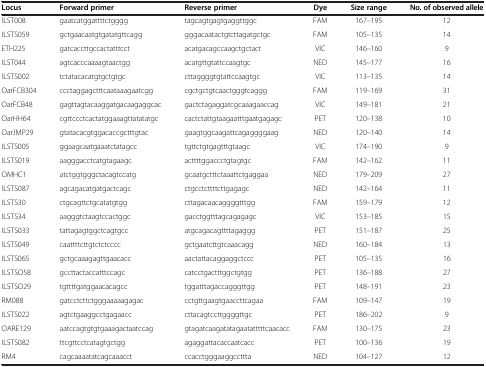
<table><thead><tr><td><b>Locus</b></td><td><b>Forward primer</b></td><td><b>Reverse primer</b></td><td><b>Dye</b></td><td><b>Size range</b></td><td><b>No. of observed allele</b></td></tr></thead><tbody><tr><td>ILST008</td><td>gaatcatggattttctgggg</td><td>tagcagtgagtgaggttggc</td><td>FAM</td><td>167–195</td><td>12</td></tr><tr><td>ILSTS059</td><td>gctgaacaatgtgatatgttcagg</td><td>gggacaatactgtcttagatgctgc</td><td>FAM</td><td>105–135</td><td>14</td></tr><tr><td>ETH225</td><td>gatcaccttgccactatttcct</td><td>acatgacagccaagctgctact</td><td>VIC</td><td>146–160</td><td>9</td></tr><tr><td>ILST044</td><td>agtcacccaaaagtaactgg</td><td>acatgttgtattccaagtgc</td><td>NED</td><td>145–177</td><td>16</td></tr><tr><td>ILSTS002</td><td>tctatacacatgtgctgtgc</td><td>cttaggggtgtattccaagtgc</td><td>VIC</td><td>113–135</td><td>14</td></tr><tr><td>OarFCB304</td><td>ccctaggagctttcaataaagaatcgg</td><td>cgctgctgtcaactgggtcaggg</td><td>FAM</td><td>119–169</td><td>31</td></tr><tr><td>OarFCB48</td><td>gagttagtacaaggatgacaagaggcac</td><td>gactctagaggatcgcaaagaaccag</td><td>VIC</td><td>149–181</td><td>21</td></tr><tr><td>OarHH64</td><td>cgttccctcactatggaaagttatatatgc</td><td>cactctattgtaagaatttgaatgagagc</td><td>PET</td><td>120–138</td><td>10</td></tr><tr><td>OarJMP29</td><td>gtatacacgtggacaccgctttgtac</td><td>gaagtggcaagattcagaggggaag</td><td>NED</td><td>120–140</td><td>14</td></tr><tr><td>ILSTS005</td><td>ggaagcaatgaaatctatagcc</td><td>tgttctgtgagtttgtaagc</td><td>VIC</td><td>174–190</td><td>9</td></tr><tr><td>ILSTS019</td><td>aagggacctcatgtagaagc</td><td>acttttggaccctgtagtgc</td><td>FAM</td><td>142–162</td><td>11</td></tr><tr><td>OMHC1</td><td>atctggtgggctacagtccatg</td><td>gcaatgctttctaaattctgaggaa</td><td>NED</td><td>179–209</td><td>27</td></tr><tr><td>ILSTS087</td><td>agcagacatgatgactcagc</td><td>ctgcctcttttcttgagagc</td><td>NED</td><td>142–164</td><td>11</td></tr><tr><td>ILSTS30</td><td>ctgcagttctgcatatgtgg</td><td>cttagacaacaggggtttgg</td><td>FAM</td><td>159–179</td><td>12</td></tr><tr><td>ILSTS34</td><td>aagggtctaagtccactggc</td><td>gacctggtttagcagagagc</td><td>VIC</td><td>153–185</td><td>15</td></tr><tr><td>ILSTS033</td><td>tattagagtggctcagtgcc</td><td>atgcagacagttttagaggg</td><td>PET</td><td>151–187</td><td>25</td></tr><tr><td>ILSTS049</td><td>caattttcttgtctctcccc</td><td>gctgaatcttgtcaaacagg</td><td>NED</td><td>160–184</td><td>13</td></tr><tr><td>ILSTS065</td><td>gctgcaaagagttgaacacc</td><td>aactattacaggaggctccc</td><td>PET</td><td>105–135</td><td>16</td></tr><tr><td>ILSTSO58</td><td>gccttactaccatttccagc</td><td>catcctgactttggctgtgg</td><td>PET</td><td>136–188</td><td>27</td></tr><tr><td>ILSTSO29</td><td>tgttttgatggaacacagcc</td><td>tggatttagaccagggttgg</td><td>PET</td><td>148–191</td><td>23</td></tr><tr><td>RM088</td><td>gatcctcttctgggaaaaagagac</td><td>cctgttgaagtgaaccttcagaa</td><td>FAM</td><td>109–147</td><td>19</td></tr><tr><td>ILSTS022</td><td>agtctgaaggcctgagaacc</td><td>cttacagtccttggggttgc</td><td>PET</td><td>186–202</td><td>9</td></tr><tr><td>OARE129</td><td>aatccagtgtgtgaaagactaatccag</td><td>gtagatcaagatatagaatatttttcaacacc</td><td>FAM</td><td>130–175</td><td>23</td></tr><tr><td>ILSTS082</td><td>ttcgttcctcatagtgctgg</td><td>agaggattacaccaatcacc</td><td>PET</td><td>100–136</td><td>19</td></tr><tr><td>RM4</td><td>cagcaaaatatcagcaaacct</td><td>ccacctgggaaggccttta</td><td>NED</td><td>104–127</td><td>12</td></tr></tbody></table>